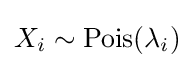
X_{i}\sim \operatorname {Pois} (\lambda _{i})